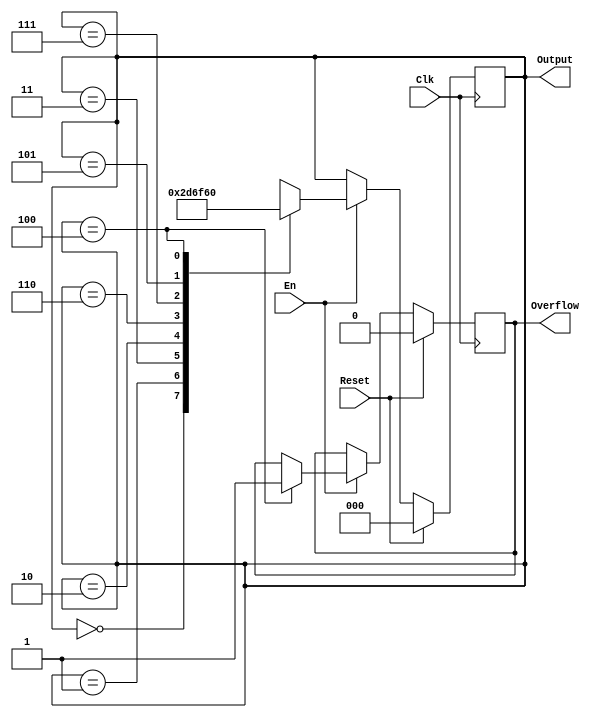
`timescale 1ns / 1ps
//////////////////////////////////////////////////////////////////////////////////
// Company: 
// Engineer: 
// 
// Design Name: 
// Module Name:    gray 
// Project Name: 
// Target Devices: 
// Tool versions: 
// Description: 
//
// Dependencies: 
//
// Revision: 
// Revision 0.01 - File Created
// Additional Comments: 
//
//////////////////////////////////////////////////////////////////////////////////
module gray(
    input Clk,
    input Reset,
    input En,
    output [2:0] Output,
    output Overflow
    );
    reg [2:0] OutputReg;
    reg OverflowReg;
    assign Output = OutputReg;
    assign Overflow = OverflowReg;
	always @(posedge Clk) begin
        if(Reset) begin
            OutputReg <= 0;
            OverflowReg <= 0;
        end
        else begin
            if(En == 1) begin
                case(OutputReg)
                    3'b000: OutputReg<=3'b001;
                    3'b001: OutputReg<=3'b011;
                    3'b011: OutputReg<=3'b010;
                    3'b010: OutputReg<=3'b110;
                    3'b110: OutputReg<=3'b111;
                    3'b111: OutputReg<=3'b101;
                    3'b101: OutputReg<=3'b100;
                    3'b100: begin
                        OutputReg<=3'b000;
                        OverflowReg<=1;
                    end
                endcase
            end
        end
	end
endmodule